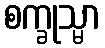
စက္ခုသ္မာ